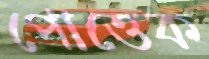
পোত্তেক